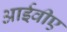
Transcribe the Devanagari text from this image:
आईवीए